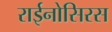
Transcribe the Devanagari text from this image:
राईनोसिरस